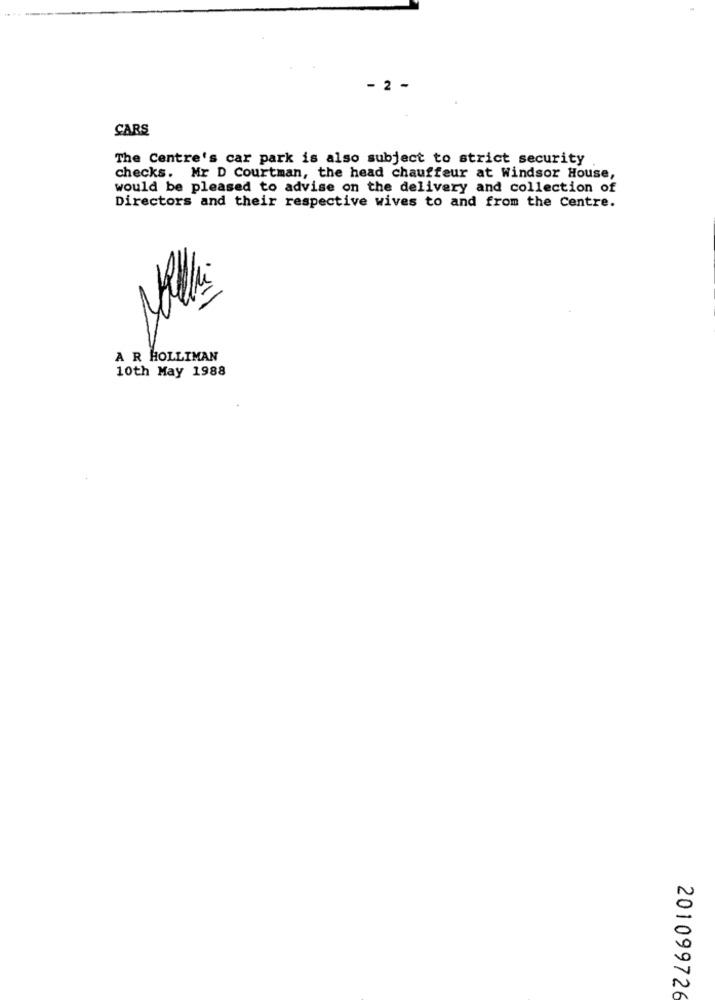
- 2 -
CARS
The Centre's car park is also subject to strict security
checks. Mr D Courtman, the head chauffeur at Windsor House,
would be pleased to advise on the delivery and collection of
Directors and their respective wives to and from the Centre.
A R HOLLIMAN
10th May 1988
201099726